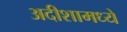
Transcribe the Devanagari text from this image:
अदीशामध्ये